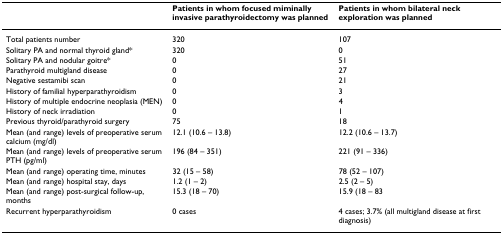
<table><thead><tr><td></td><td><b>Patients in whom focused miminally invasive parathyroidectomy was planned</b></td><td><b>Patients in whom bilateral neck exploration was planned</b></td></tr></thead><tbody><tr><td>Total patients number</td><td>320</td><td>107</td></tr><tr><td>Solitary PA and normal thyroid gland*</td><td>320</td><td>0</td></tr><tr><td>Solitary PA and nodular goitre*</td><td>0</td><td>51</td></tr><tr><td>Parathyroid multigland disease</td><td>0</td><td>27</td></tr><tr><td>Negative sestamibi scan</td><td>0</td><td>21</td></tr><tr><td>History of familial hyperparathyroidism</td><td>0</td><td>3</td></tr><tr><td>History of multiple endocrine neoplasia (MEN)</td><td>0</td><td>4</td></tr><tr><td>History of neck irradiation</td><td>0</td><td>1</td></tr><tr><td>Previous thyroid/parathyroid surgery</td><td>75</td><td>18</td></tr><tr><td>Mean (and range) levels of preoperative serum calcium (mg/dl)</td><td>12.1 (10.6 – 13.8)</td><td>12.2 (10.6 – 13.7)</td></tr><tr><td>Mean (and range) levels of preoperative serum PTH (pg/ml)</td><td>196 (84 – 351)</td><td>221 (91 – 336)</td></tr><tr><td>Mean (and range) operating time, minutes</td><td>32 (15 – 58)</td><td>78 (52 – 107)</td></tr><tr><td>Mean (and range) hospital stay, days</td><td>1.2 (1 – 2)</td><td>2.5 (2 – 5)</td></tr><tr><td>Mean (and range) post-surgical follow-up, months</td><td>15.3 (18 – 70)</td><td>15.9 (18 – 83</td></tr><tr><td>Recurrent hyperparathyroidism</td><td>0 cases</td><td>4 cases; 3.7% (all multigland disease at first diagnosis)</td></tr></tbody></table>